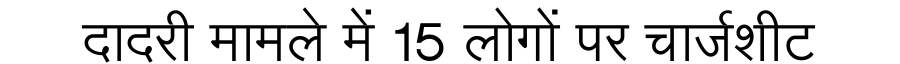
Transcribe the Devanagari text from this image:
दादरी मामले में 15 लोगों पर चार्जशीट